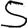
Digit: 5